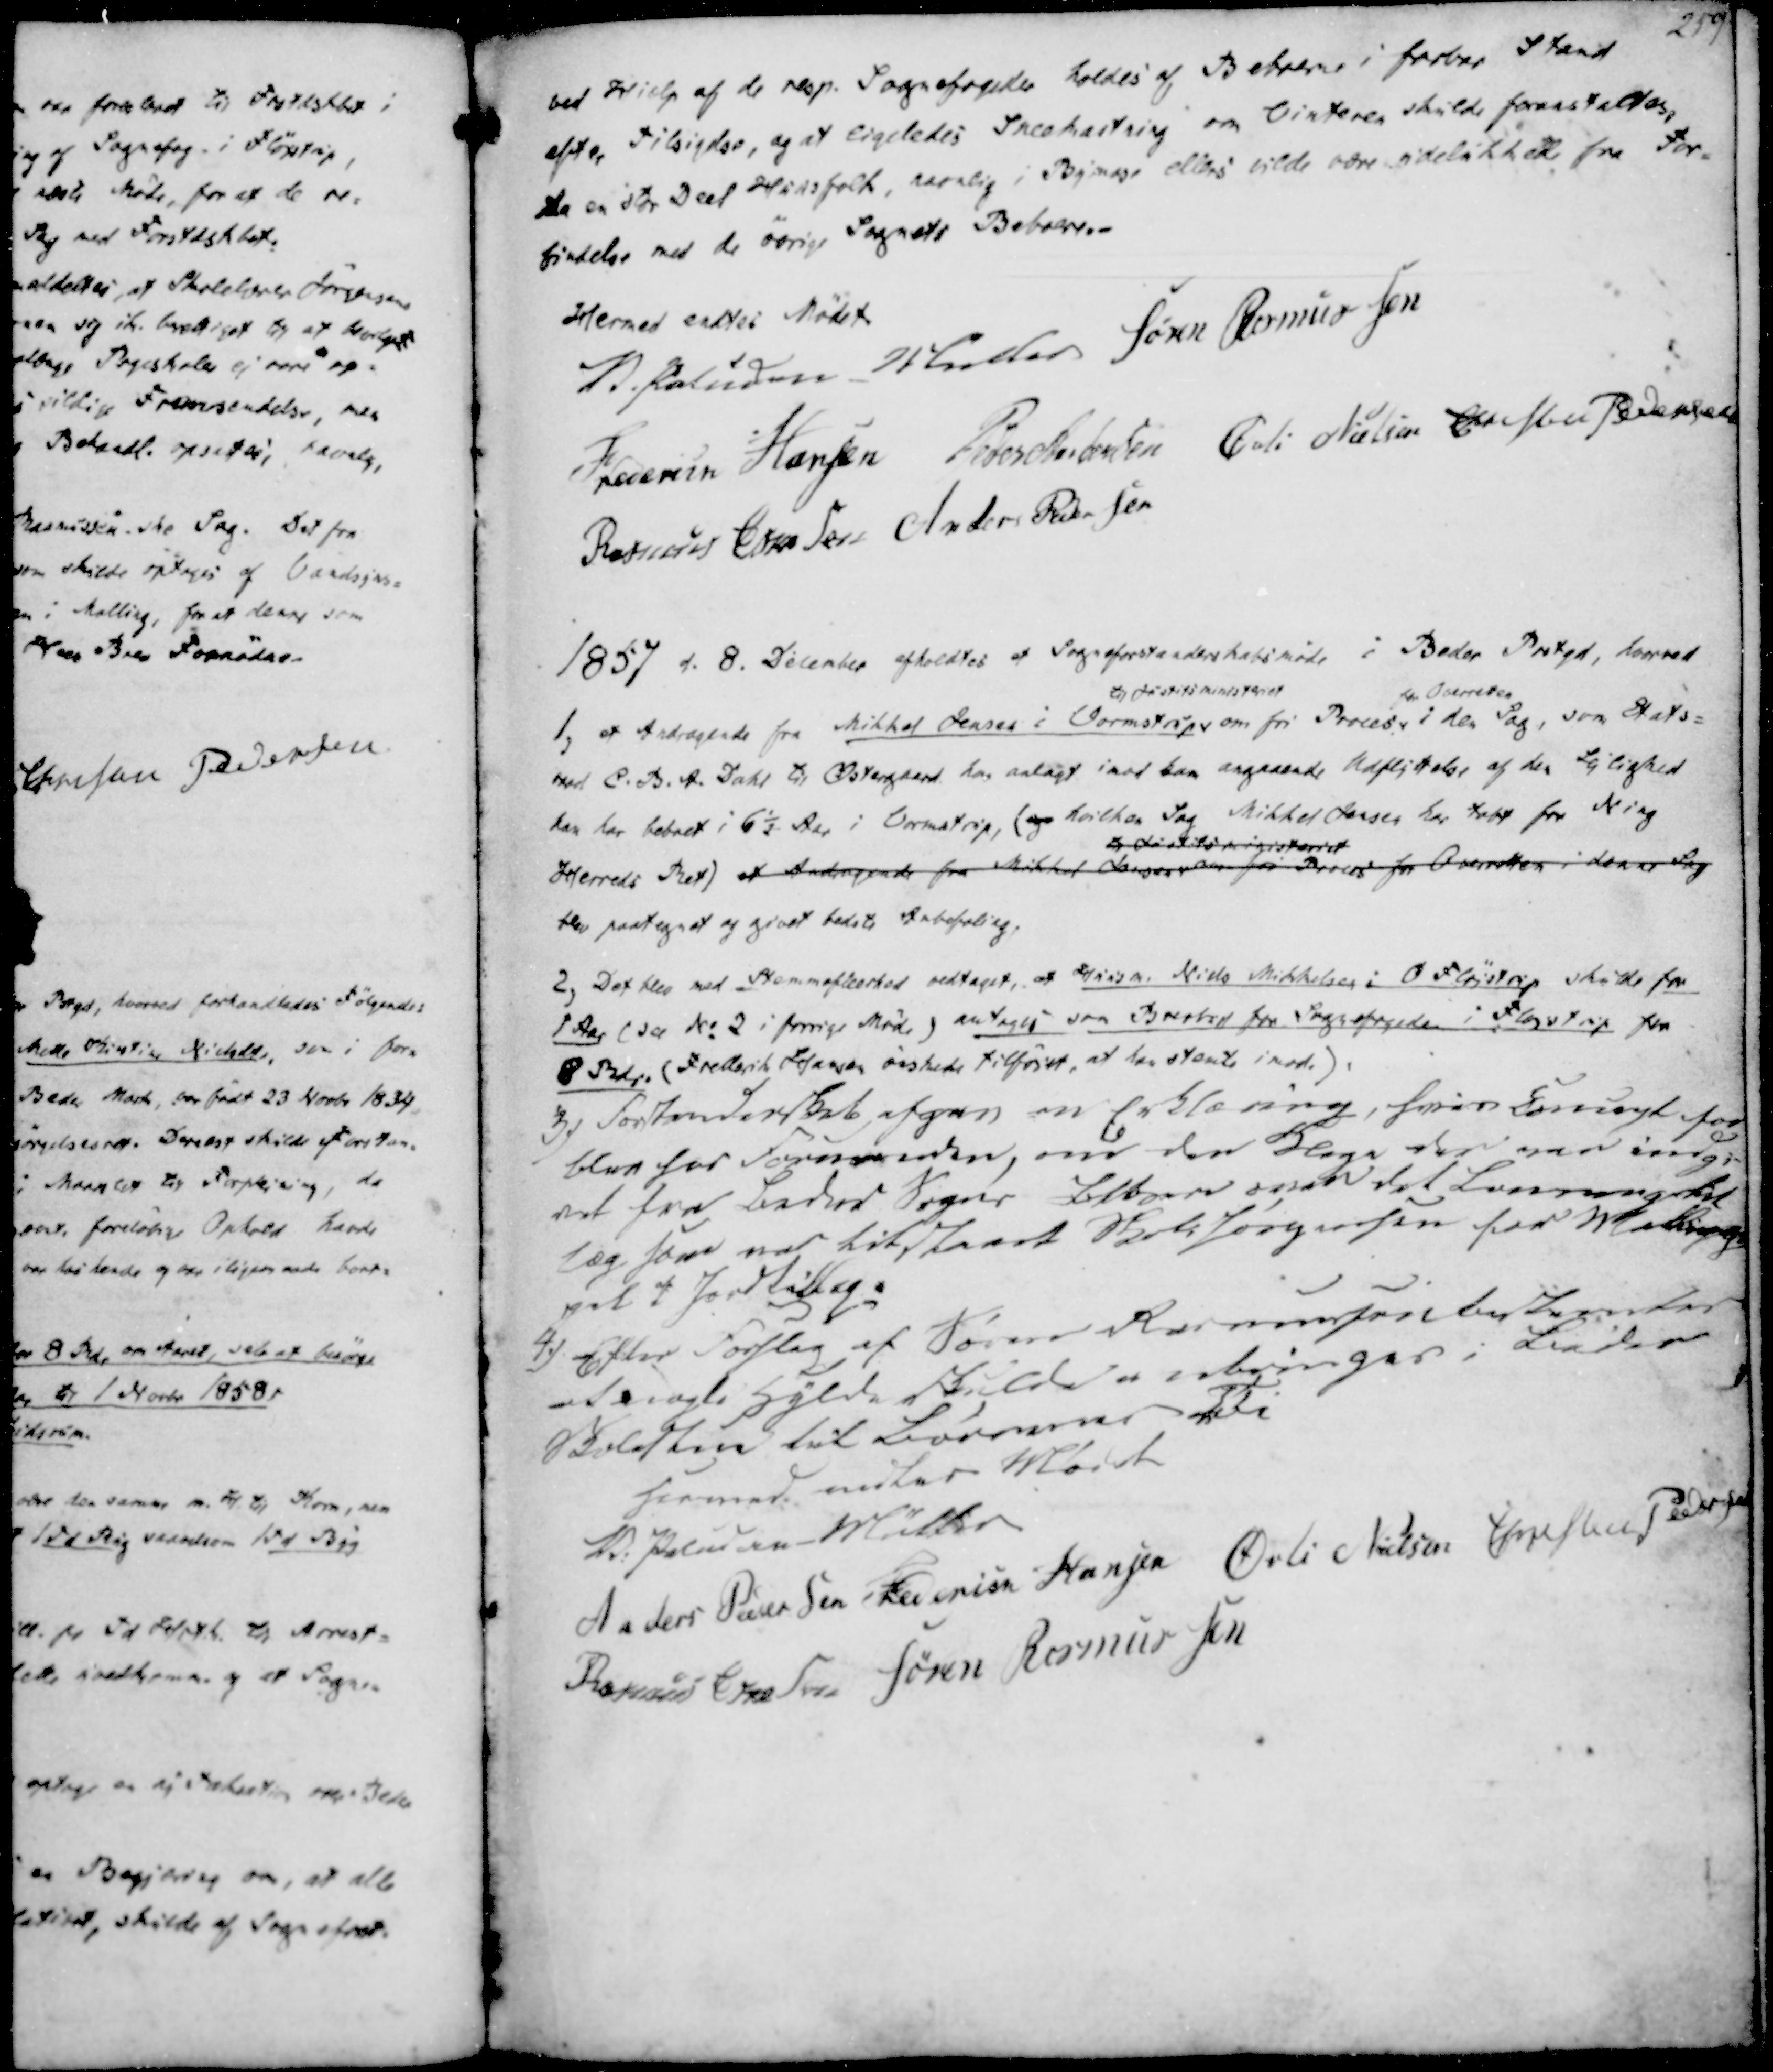
Transskription:
ved Hiælp af de resp. Sognefogeder holdes af Beboerne i farbar Stand
efter Tilsigelse, og at ligeledes Sneekastning om Vinteren skulde foranstaltes,
Da en stor Deel Huusfolk, navnlig i Bymose ellers vilde være udelukkede fra For-
bindelse med de øvrige Sognets Beboere.

Hermed endtes Mødet.
V. Paludan - Müller
Søren Rasmussen
Frederik Hansen
Peder Andersen
Øvli Nielsen
Christen Pedersen
Rasmus Eskesen
Anders Pedersen

1857 d. 8. December afholdtes et Sogneforstanderskabsmøde i Beder Prstgd, hvorved
1, et Andragende fra Mikkel Jensen i Vormstrup
til Justitsministeriet
om fri Proces
fra Overretten
i den sag, som Stats-
raad C. B. A. Dahl til Østergaard har anlagt imod ham angaaende Udflyttelse af den Lejlighed
han har beboet i 6½ Aar i Vormstrup, (og hvilken Sag Mikkel Jensen har tabt for Ning
Herreds Ret) et Andragende fra Mikkel Jensen
til Justitsministeriet
om fri Proces for Overretten i denne Sag
blev paategnet og givet bedste Anbefaling.

2, Det blev med Stemmeflerhed vedtaget, at Huusm. Niels Mikkelsen i O Fløistrup skulde for
1 Aar (see No 2 i forrige Møde) antages som Brevbud for Sognefogeden i Fløistrup for
8 Rdr. (Frederik Hansen ønskede tilføiet, at han stemte imod).

3) Forstanderskab afgav en Erklæring, hvis Comigt for
blev hos Formanden, om den Klage der var indgi-
vet fra Beder Sogns Beboere over det Lønningstil
læg som var tilstaaet Niels Jørgensen for Malling gi
vet af Jordtillæg.
4.) Efter Forslag af Søren Rasmussen bestemtes
at nogle Hylde skulde udbringes i Beder
Skolesten til Børnenes Vi
Hermed endtes Mødet

V. Paludan Müller
Anders Pedersen
Frederik Hansen
Øvli Nielsen
Christen Pedersen
Rasmus Eskesen
Søren Rasmussen